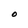
Character: O